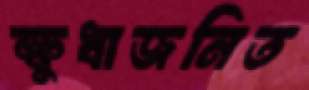
ক্ষুধাজনিত